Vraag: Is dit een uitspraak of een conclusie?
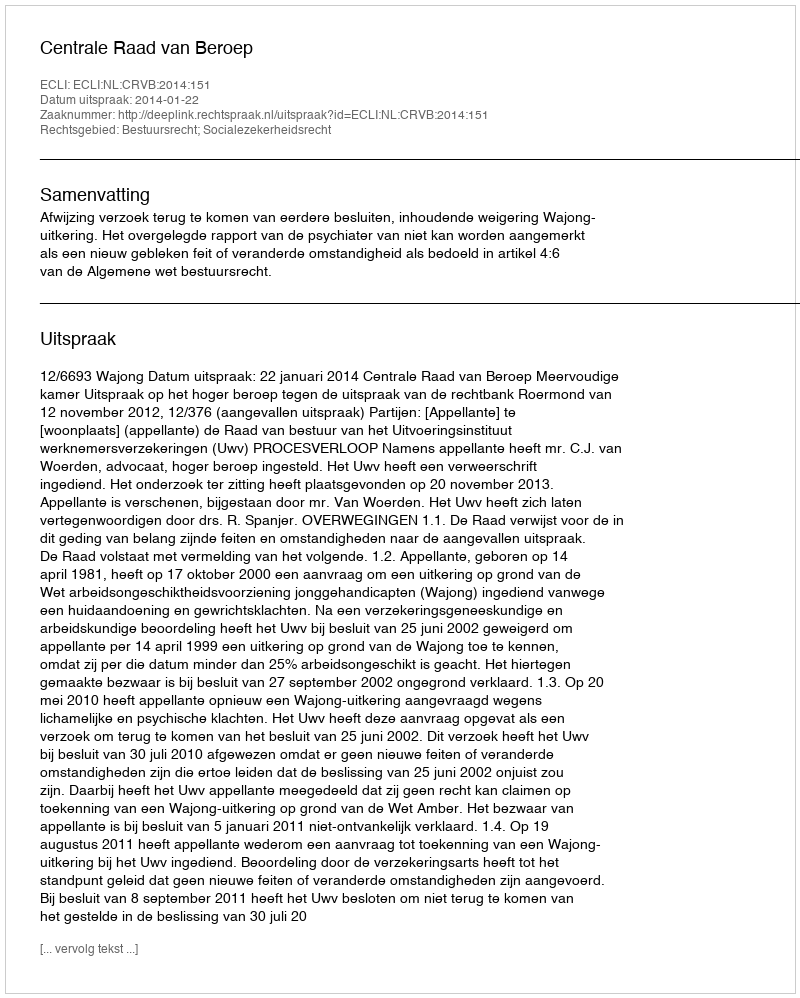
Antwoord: Uitspraak